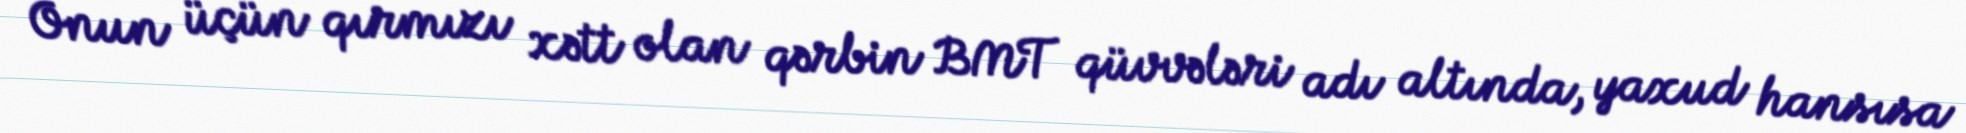
Onun üçün qırmızı xətt olan qərbin BMT qüvvələri adı altında, yaxud hansısa